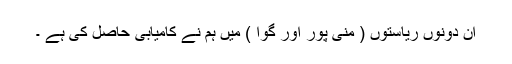
ان دونوں ریاستوں ( منی پور اور گوا ) میں ہم نے کامیابی حاصل کی ہے ۔